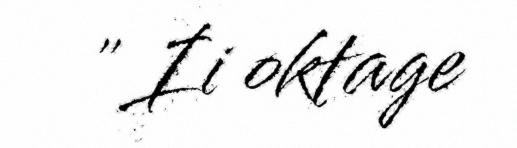
" Ii oktage